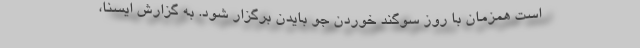
است همزمان با روز سوگند خوردن جو بایدن برگزار شود. به گزارش ایسنا،